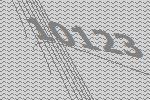
10123